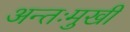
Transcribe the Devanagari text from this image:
अन्तःमुखी